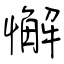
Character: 懈